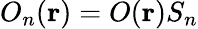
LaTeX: O_{n}(\mathbf{r})=O(\mathbf{r})S_{n}